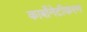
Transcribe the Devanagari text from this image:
कार्बोनेटीकरण